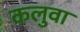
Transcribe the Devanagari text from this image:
कलुवा